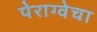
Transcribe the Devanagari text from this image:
पेराग्वेचा